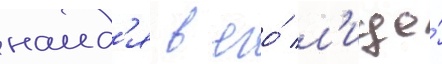
наид'я в его́ л'ице́